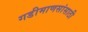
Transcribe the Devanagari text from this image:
गडीमाणसांसाठी